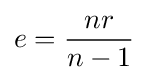
e={nr \over n-1}